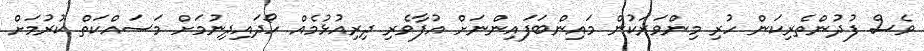
ވެސް ފުދުންތެރިކަން ހުރި މިންވަރަކުން މައިންބަފައިންނަށް އުފާވެރި ދިރިއުޅުމެއް ހޯދައިދިނުމަށް މަސައްކަތް ކުރުމަށް